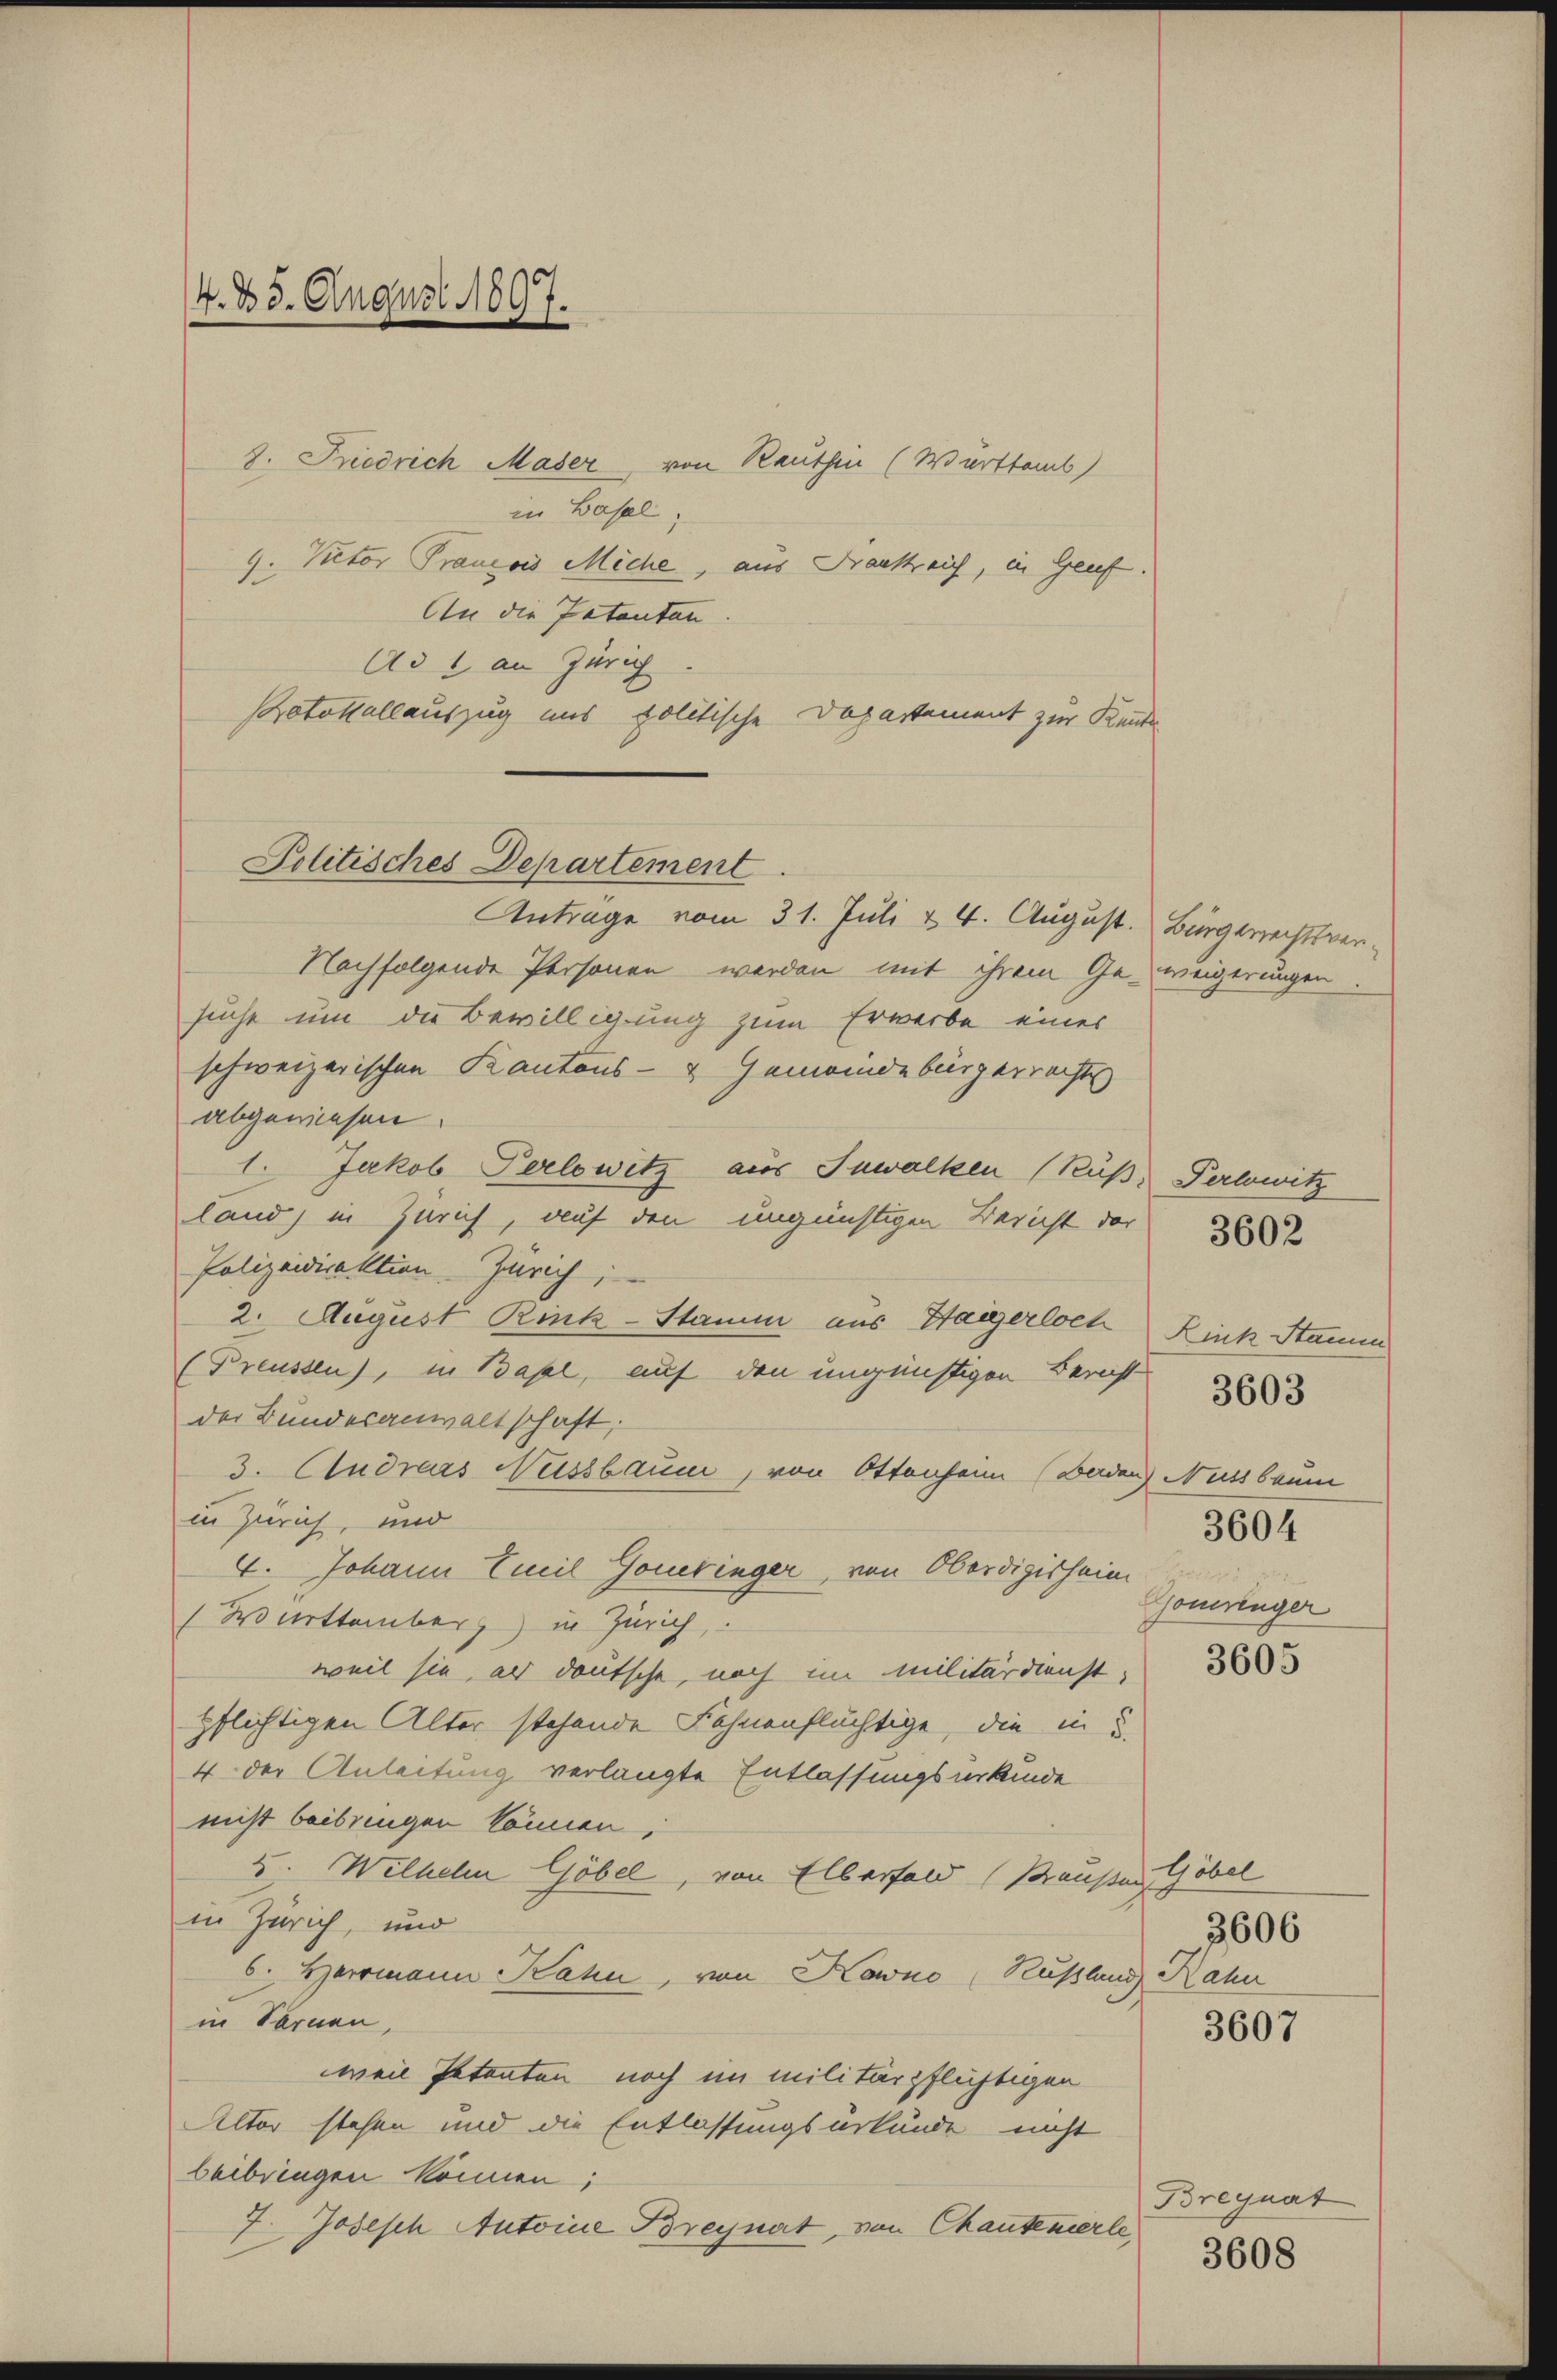
4. 25. August 1897.

8. Friedrich Maser, von Rauthen (Wurttemb
in Basel,
9. Rector Prancois Miche, aus Frankreich, in Genf.
An die Patenten.
Ad 1 an Zürich
Protokollauszug uns politische Departement zur Kente

Politisches Departement
Antrage vom 31. Juli & 4. August. Bürgerrechtsver¬

Nachfolgende Personen werden mit ihrem Geweigerungen
suche um die Bewilligung zum Erwerbe eines
schweizerischen Kantons- & Gemeindebürgerrechts
abgewiesen.
1. Jakob Perlowitz aus Suwalken (Rüß, Perlowitz
land, in Zürich, auf den ungünstigen Bericht der
Polizeideaktion Zürich;
2. August Rink-Stamm aus Haegerloch Kink Stamm
(Preussen), in Basel, auf den ungünstigen Bericht
der Bundesanwaltschaft;
3. Cudrars Nussbaum, von Ottenheim (Baden) Nussbaum
in Zürich, und
4. Johann Emil Gouebinger, von Oberdigisheim
Württemberg) in Zürich,
weil sie er deutsche, noch im militärdienst,
pflichtigen Alter stehende Fahnenflächtige, die in S
4. der Anleitung verlangte Entlassungsurkunde
nicht beibringen können,
2. Wilhelm Göbel, von Elberfeld (Braußern, Göbel
in Zürich, und
6. Herrmann Bahn, von Kano Rußland Rahn
in Fernen,
weil Petenten noch im militärpflichtigen
Altor stehen und die Entlassungsurkunde nicht
beibringen können;
7. Josesch Antoine Breynat, von Chautenerle,

3604
Gomrenger

3602

3603

3605

3607

3606

Breyuat
3608